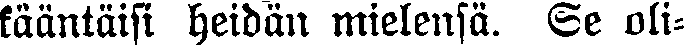
kääntäisi heidän mielensä. Se oli-